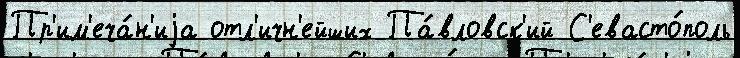
Пр'им'еча́н'иjа отл'ичн'ейших Па́вловск'ий С'евасто́поль